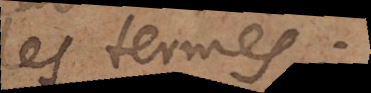
les termes.